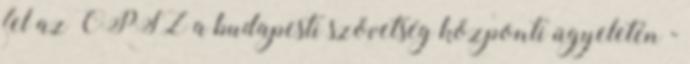
fel az OPSZ a budapesti szövetség központi ügyeletén -